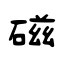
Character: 磁